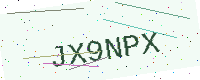
Text: JX9NPX